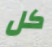
كل